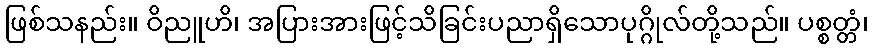
ဖြစ်သနည်း။ ဝိညူဟိ၊ အပြားအားဖြင့်သိခြင်းပညာရှိသောပုဂ္ဂိုလ်တို့သည်။ ပစ္စတ္တံ၊